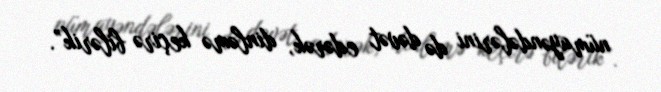
nümayəndələrini də dəvət edərək, dinləmə keçirə bilərik”.